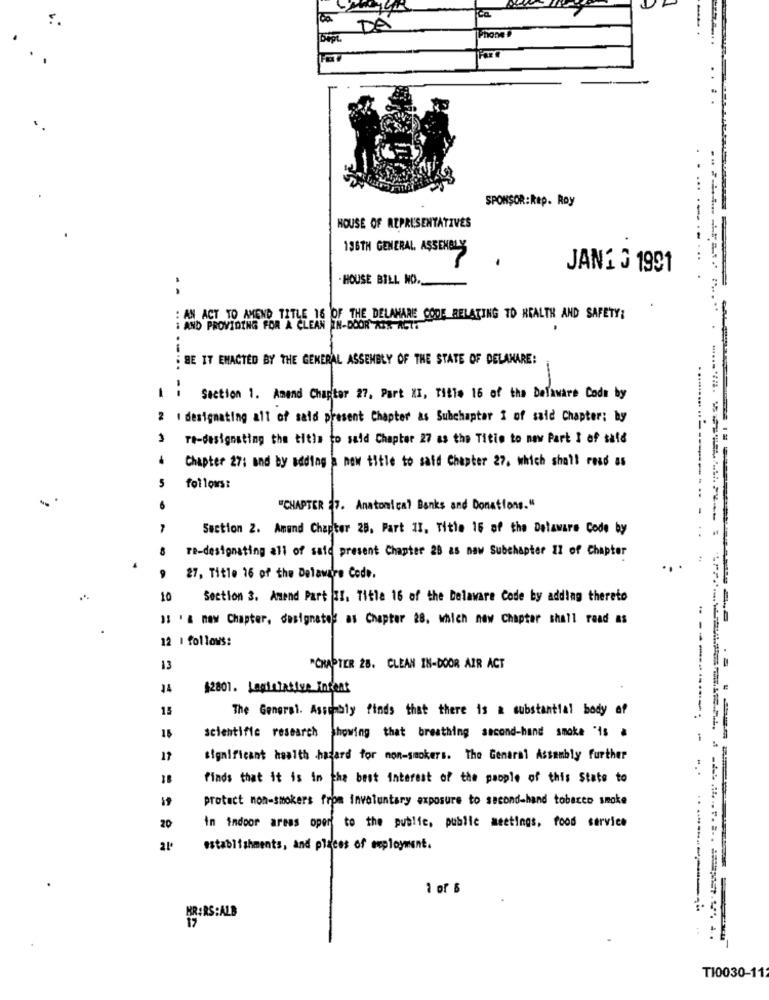
DÁ
--
SPONSOR:Rep. Roy
HOUSE OF REPRESENTATIVES
136TH GENERAL ASSEMBLY
.
JAN2 0 1991
- HOUSE BILL NO.
--
: AN ACT TO AMEND TITLE 16 OF THE DELAMARE CODE RELATING TO HEALTH AND SAFETY:
: AND PROVIDING FOR A CLEAN IN-DOOR XOX ACTE
BE IT ENACTED BY THE GENERAL ASSEMBLY OF THE STATE OF DELAMARE:
Section 1. Amand Chapter 27, Part XX, Tifle 16 of the Delaware Code by
2 . designating all of said present Chapter as Subchapter I of said Chapter: by
1
re-designsting the title to said Chapter 27 as the Titie to new Part I of said
Chapter 27; and by adding a now title to said Chapter 27, which shall read as
5
follows:
"CHAPTER 27. Anatomical Banks and Donations."
Section 2. Amand Chapter 28, Part II. Title 16 of the Dataware Code by
8
re-designating all of said present Chapter 28 as naw Subchapter 11 of Chapter
9
27, Title 16 of the Delaware Code.
10
Section 3. Amend Part II. Title 16 of the Delaware Code by adding thereto
13 ' & new Chapter, designate' as Chapter 28, which new Chapter shall read as
12 1 follows:
13
"CHAPTER 28. CLEAN IN-DOOR AIR ACT
44
$2801. Lagintative Infent
15
The General. Assembly finds that there is a substantial body of
15
scientific research showing that breathing second-hand smoke "is &
11
significant health hazard for non-smokers. The General Assembly further
------------ - -
finds that it is in the best interest of the people of this State to
protect non-smokers from involuntary exposure to second-hand tobacco smoke
20
in indoor areas open to the public, public meetings, food service
establishments, and places of deployment.
1 of 6
HR:RS:ALB
17
TI0030-112